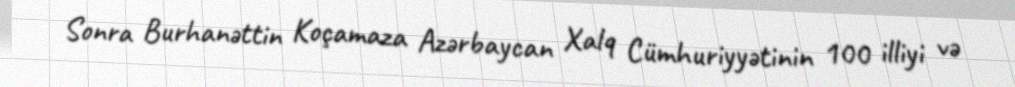
Sonra Burhanəttin Koçamaza Azərbaycan Xalq Cümhuriyyətinin 100 illiyi və